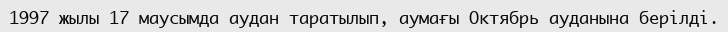
1997 жылы 17 маусымда аудан таратылып, аумағы Октябрь ауданына берілді.